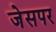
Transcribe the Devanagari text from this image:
जेसपर